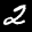
Label: 2